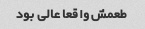
طعمش واقعا عالی بود